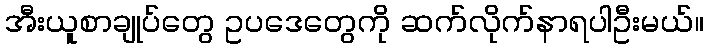
အီးယူစာချုပ်တွေ ဥပဒေတွေကို ဆက်လိုက်နာရပါဦးမယ်။